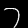
Digit: 7